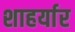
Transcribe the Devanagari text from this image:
शाहर्यार